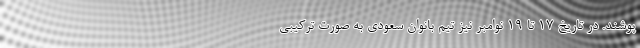
پوشند. در تاریخ 17 تا 19 نوامبر نیز تیم بانوان سعودی به صورت ترکیبی